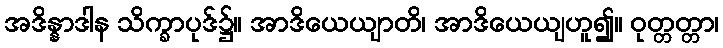
အဒိန္နာဒါန သိက္ခာပုဒ်၌။ အာဒိယေယျာတိ၊ အာဒိယေယျဟူ၍။ ဝုတ္တတ္တာ၊